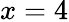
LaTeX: x=4